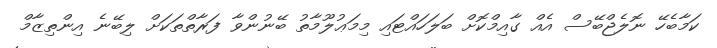
ކަމާބެހޭ ނޮލެޖްބޭސް އެއް ގާއިމްކޮށް ބަލަހައްޓައި މިމަޢުލޫމާތު ބޭނުންވާ ފަރާތްތަކަށް ލިބޭނެ އިންތިޒާމް